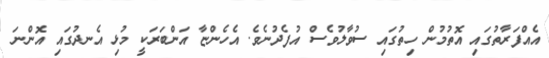
އެއްފަރާތުގައި އޮތުމުން ހިތުގައި ސުވާލުވެސް އުފެދުނެވެ. އެހެންޏާ އަންބަރަކީ މުޅި އެނދުގައި އޮންނަ